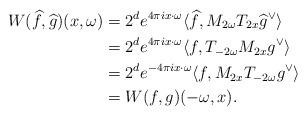
LaTeX: \begin{align*}W(\widehat{f}, \widehat{g})(x, \omega) & = 2^d e^{4 \pi i x \cdot \omega} \langle \widehat{f}, M_{2 \omega} T_{2x} \widehat{g}^\vee \rangle\\& = 2^d e^{4 \pi i x \cdot \omega} \langle f, T_{-2\omega} M_{2 x} g^\vee \rangle\\& = 2^d e^{-4 \pi i x \cdot \omega} \langle f, M_{2x} T_{-2 \omega} g^\vee \rangle\\& = W(f,g)(-\omega, x).\end{align*}